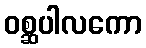
ဝစ္ဆပါလကော